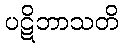
ပဋိဘာသတိ